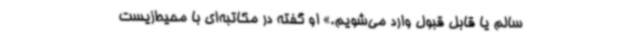
سالم یا قابل قبول وارد می‌شویم.» او گفته در مکاتبه‌ای با محیط‌زیست